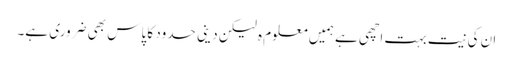
ان کی نیت بہت اچھی ہے ہمیں معلوم ہ لیکن دینی حدود کا پاس بھی ضروری ہے۔